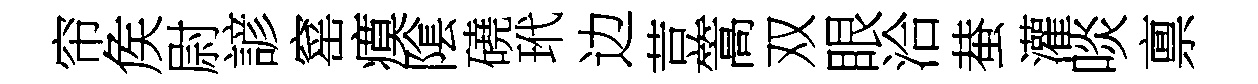
帘矦尉諺窰瘼隂磽玳边荳篙双眼洽蛬灌啖禀